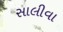
સાલીવા